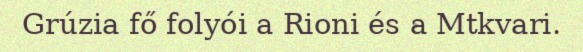
Grúzia fő folyói a Rioni és a Mtkvari.